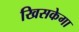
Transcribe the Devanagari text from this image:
खिसकेगा